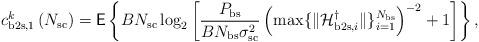
LaTeX: \begin{align*}c^k_{\mathrm{b2s},1}\left( N_{\mathrm{sc}} \right) = \mathsf{E} \left\lbrace B N_{\mathrm{sc}} \log_2\left[ \frac{P_{\mathrm{bs}} }{ BN_{\mathrm{bs}}\sigma^2_{\mathrm{sc}} } \left(\max \{ \|\mathcal{H}^{\dagger}_{\mathrm{b2s},i} \| \}_{i=1}^{N_{\mathrm{bs}}} \right)^{-2} +1 \right] \right\rbrace,\end{align*}